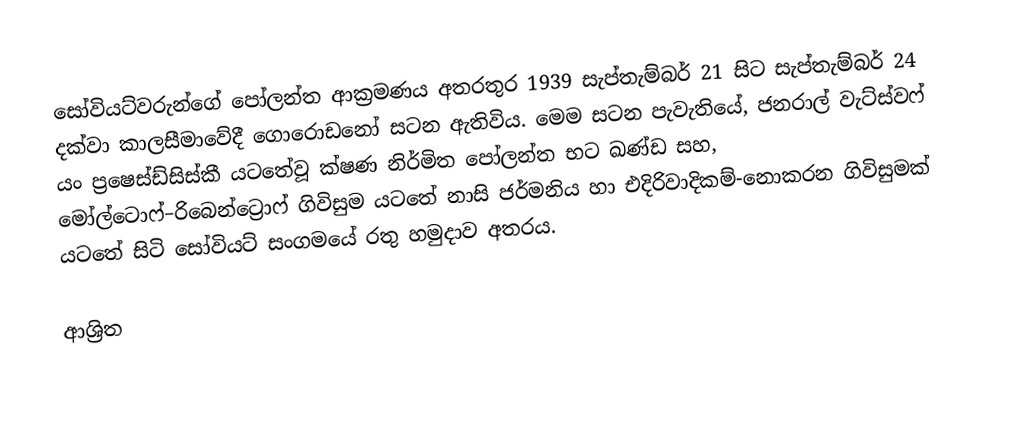
සෝවියට්වරුන්ගේ පෝලන්ත ආක්‍රමණය අතරතුර  1939 සැප්තැම්බර් 21 සිට සැප්තැම්බර් 24 දක්වා කාලසීමාවේදී ගොරොඩනෝ සටන ඇතිවිය. මෙම සටන පැවැතියේ, ජනරාල් වැට්ස්වෆ් යං ප්‍රෂෙස්ඩ්සිස්කී යටතේවූ ක්ෂණ නිර්මිත පෝලන්ත භට ඛණ්ඩ සහ,  මෝල්ටොෆ්–රිබෙන්ට්‍රොෆ් ගිවිසුම යටතේ නාසි ජර්මනිය හා එදිරිවාදිකම්-නොකරන ගිවිසුමක් යටතේ සිටි සෝවියට් සංගමයේ  රතු හමුදාව  අතරය.

ආශ්‍රිත